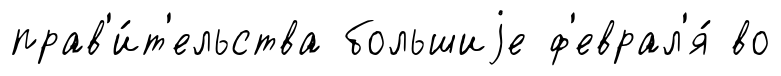
прав'и́т'ельства большиjе ф'еврал'я́ во